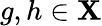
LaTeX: g,h\in\mathbf{X}